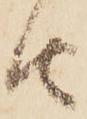
由